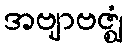
အဗျာဗဇ္ဈံ